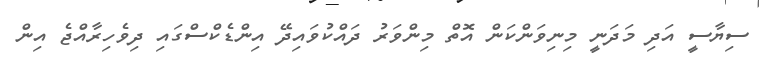
ސިޔާސީ އަދި މަދަނީ މިނިވަންކަން އޮތް މިންވަރު ދައްކުވައިދޭ އިންޑެކްސްގައި ދިވެހިރާއްޖެ އިން